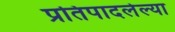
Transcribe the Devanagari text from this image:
प्रतिपादलेल्या